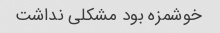
خوشمزه بود مشکلی نداشت